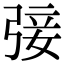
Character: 㢺